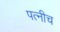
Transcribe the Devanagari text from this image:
पत्नीच